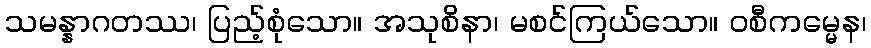
သမန္နာဂတဿ၊ ပြည့်စုံသော။ အသုစိနာ၊ မစင်ကြယ်သော။ ဝစီကမ္မေန၊